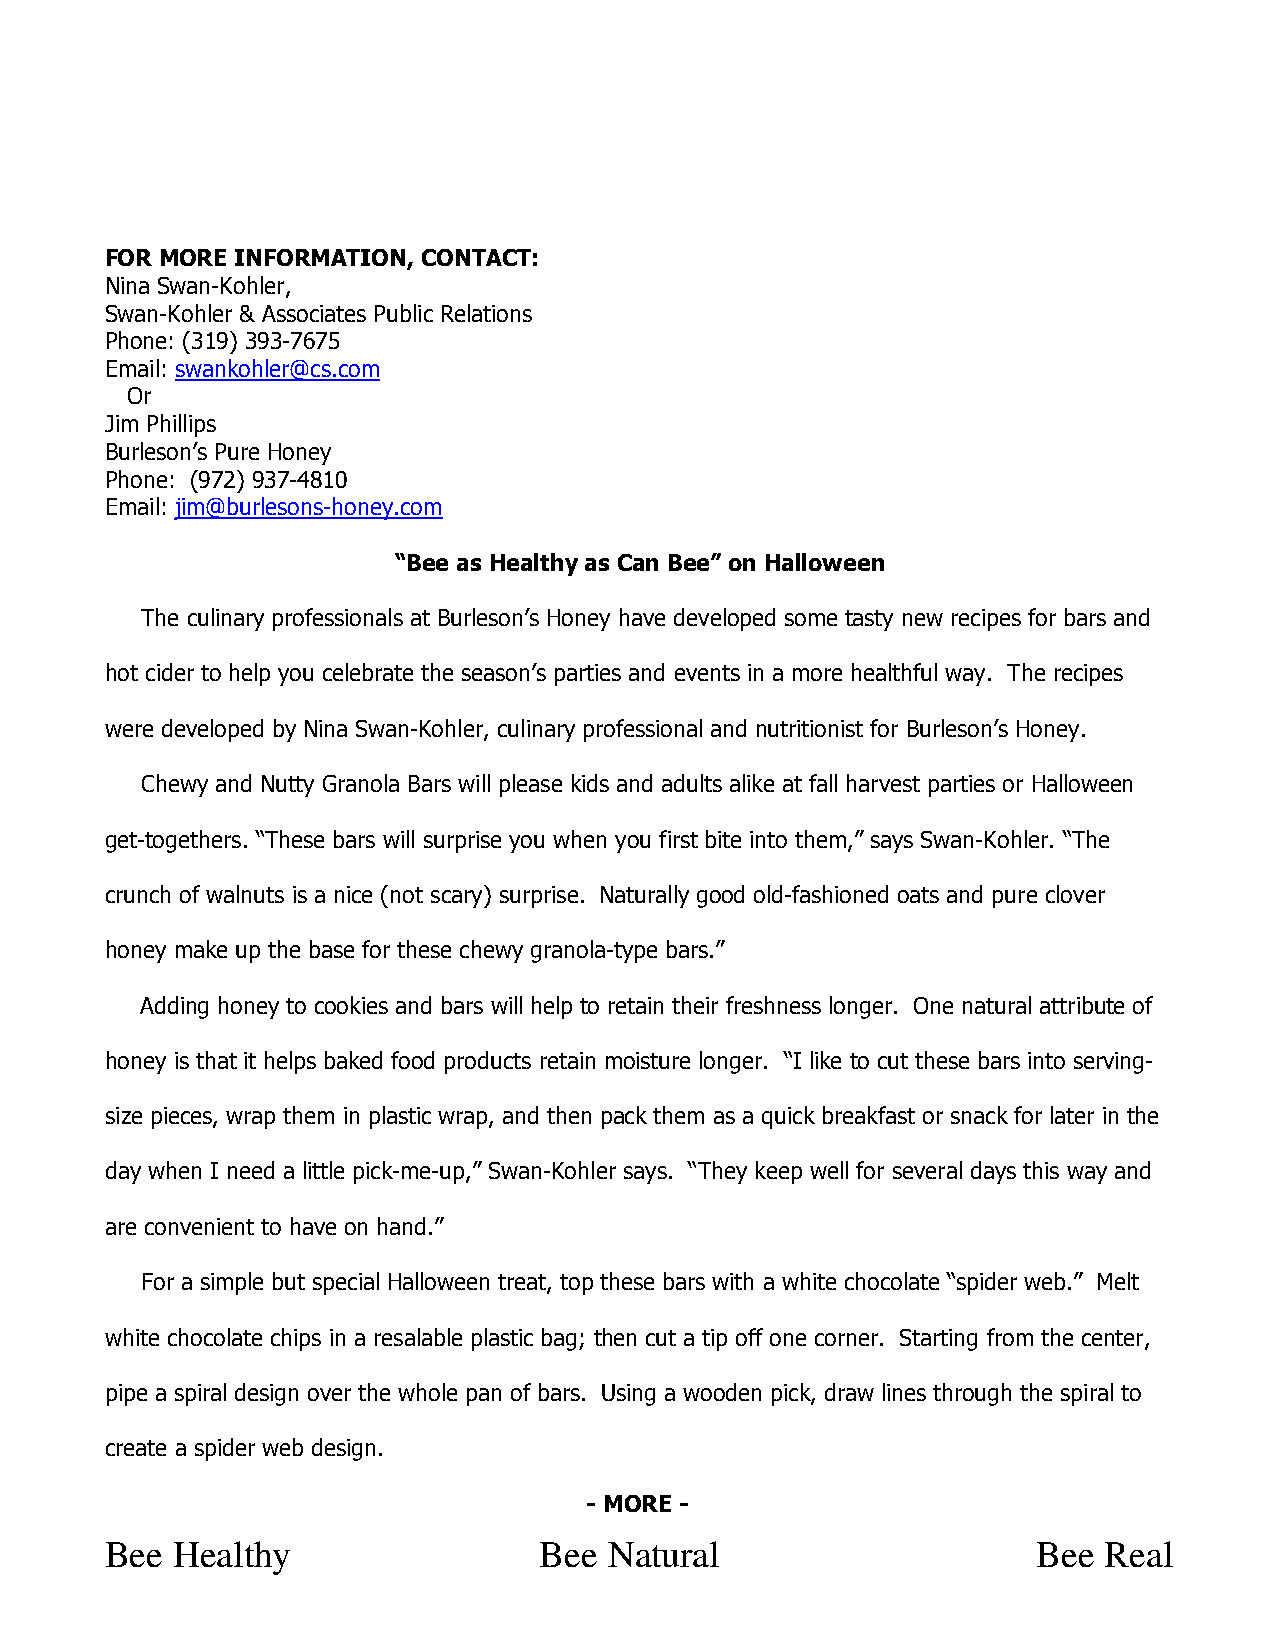
FOR MORE INFORMATION, CONTACT:
 Nina Swan-Kohler,
 Swan-Kohler & Associates Public Relations
 Phone: (319) 393-7675
 Email: swankohler@cs.com
 Or
 Jim Phillips
 Burleson’s Pure Honey
 Phone: (972) 937-4810
 Email: jim@burlesons-honey.com
 “Bee as Healthy as Can Bee” on Halloween
 The culinary professionals at Burleson’s Honey have developed some tasty new recipes for bars and
 hot cider to help you celebrate the season’s parties and events in a more healthful way. The recipes
 were developed by Nina Swan-Kohler, culinary professional and nutritionist for Burleson’s Honey.
 Chewy and Nutty Granola Bars will please kids and adults alike at fall harvest parties or Halloween
 get-togethers. “These bars will surprise you when you first bite into them,” says Swan-Kohler. “The
 crunch of walnuts is a nice (not scary) surprise. Naturally good old-fashioned oats and pure clover
 honey make up the base for these chewy granola-type bars.”
 Adding honey to cookies and bars will help to retain their freshness longer. One natural attribute of
 honey is that it helps baked food products retain moisture longer. “I like to cut these bars into serving-
 size pieces, wrap them in plastic wrap, and then pack them as a quick breakfast or snack for later in the
 day when I need a little pick-me-up,” Swan-Kohler says. “They keep well for several days this way and
 are convenient to have on hand.”
 For a simple but special Halloween treat, top these bars with a white chocolate “spider web.” Melt
 white chocolate chips in a resalable plastic bag; then cut a tip off one corner. Starting from the center,
 pipe a spiral design over the whole pan of bars. Using a wooden pick, draw lines through the spiral to
 create a spider web design.
 - MORE -
 Bee Healthy                  Bee Natural                      Bee Real